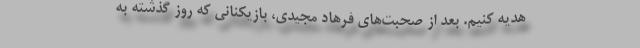
هدیه کنیم. بعد از صحبت‌های فرهاد مجیدی، بازیکنانی که روز گذشته به